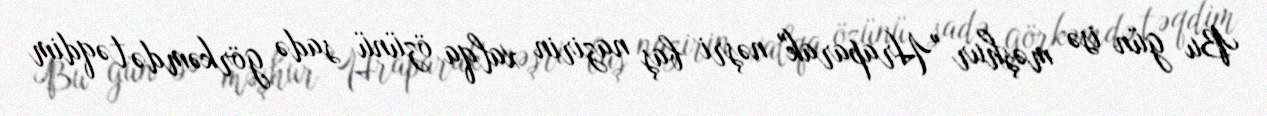
Bu gün isə məşhur "Hraparak" nəşri baş nazirin xalqa özünü sadə görkəmdə təqdim